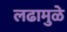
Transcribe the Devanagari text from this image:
लढामुळे